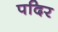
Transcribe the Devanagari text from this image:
पदिर